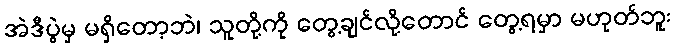
အဲဒီပွဲမှ မရှိတော့ဘဲ၊ သူတို့ကို တွေ့ချင်လို့တောင် တွေ့ရမှာ မဟုတ်ဘူး